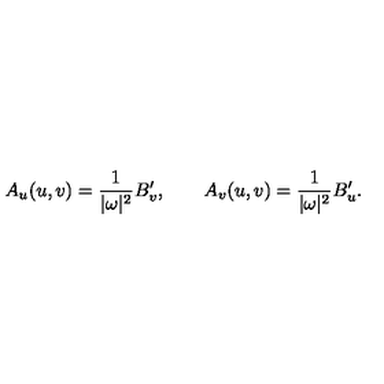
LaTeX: A _ { u } ( u , v ) = \frac 1 { | \omega | ^ { 2 } } B _ { v } ^ { \prime } , \qquad A _ { v } ( u , v ) = \frac 1 { | \omega | ^ { 2 } } B _ { u } ^ { \prime } .